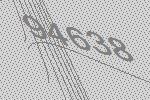
94638